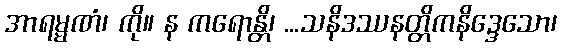
အာရမ္မဏံ၊ ကို။ န ကရောန္တိ၊ ...သနိဒဿနတ္တိကနိဒ္ဒေသော၊